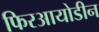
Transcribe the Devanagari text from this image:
फिरआयोडीन